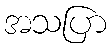
အသပြာ